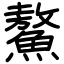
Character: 鰲